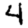
Digit: 4